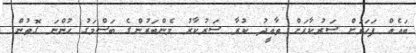
ބައެއް ފަހަރަށް ސަރުކާރަށް ތާއީދު ކުރާ ސަރުކާރު މެންބަރުންގެ ބަސްމަގު ހުންނަ ގޮތުން